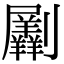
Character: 𠠮